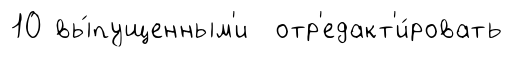
10 вы́пущенным'и отр'едакт'и́ровать